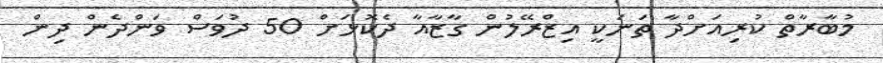
މުބާރާތް ކުރިއަށްދާ ތަނަކީ އިޒްރޭލުން ގާޒާއާ ދެކޮޅަށް 50 ދުވަސް ވަންދެން ދިން